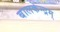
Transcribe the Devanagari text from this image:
बालकेन्द्रम्